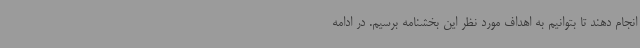
انجام دهند تا بتوانیم به اهداف مورد نظر این بخشنامه برسیم. در ادامه